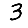
Digit: 3